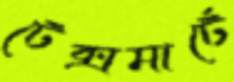
টেক্সমার্টে